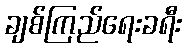
ချစ်ကြည်ရေးခရီး